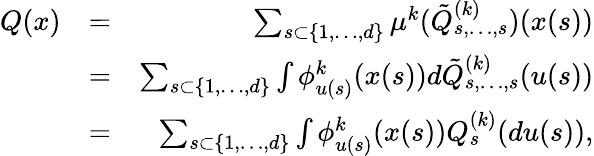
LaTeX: \begin{array}{rlr}{Q(x)}&{=}&{\sum_{s\subset\{ 1,\ldots,d\} }\mu^{k}(\tilde{Q}_{s,\ldots,s}^{(k)})(x(s))}\\ &{=}&{\sum_{s\subset\{ 1,\ldots,d\} }\int\phi_{u(s)}^{k}(x(s))d\tilde{Q}_{s,\ldots,s}^{(k)}(u(s))}\\ &{=}&{\sum_{s\subset\{ 1,\ldots,d\} }\int\phi_{u(s)}^{k}(x(s))Q_{s}^{(k)}(du(s)),}\end{array}